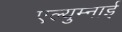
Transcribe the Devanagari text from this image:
एल्युम्नाई